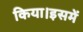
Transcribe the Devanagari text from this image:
किया।इसमें